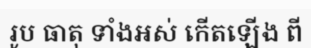
រូប ធាតុ ទាំងអស់ កើតឡើង ពី